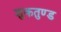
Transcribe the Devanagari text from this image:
शुकतुण्ड